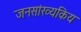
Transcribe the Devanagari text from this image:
जनसांख्यकिय